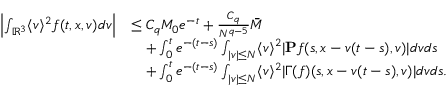
\begin{array} { r l } { \left\vert \int _ { \mathbb { R } ^ { 3 } } \langle v \rangle ^ { 2 } f ( t , x , v ) d v \right\vert } & { \leq C _ { q } M _ { 0 } e ^ { - t } + \frac { C _ { q } } { N ^ { q - 5 } } \overbar { M } } \\ & { \quad + \int _ { 0 } ^ { t } e ^ { - ( t - s ) } \int _ { \vert v \vert \leq N } \langle v \rangle ^ { 2 } \vert \mathbf { P } f ( s , x - v ( t - s ) , v ) \vert d v d s } \\ & { \quad + \int _ { 0 } ^ { t } e ^ { - ( t - s ) } \int _ { \vert v \vert \leq N } \langle v \rangle ^ { 2 } \vert \Gamma ( f ) ( s , x - v ( t - s ) , v ) \vert d v d s . } \end{array}